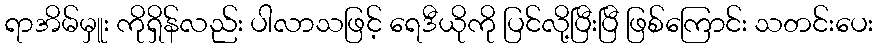
ရာအိမ်မှူး ကိုရှိန်လည်း ပါလာသဖြင့် ရေဒီယိုကို ပြင်လို့ပြီးပြီ ဖြစ်ကြောင်း သတင်းပေး